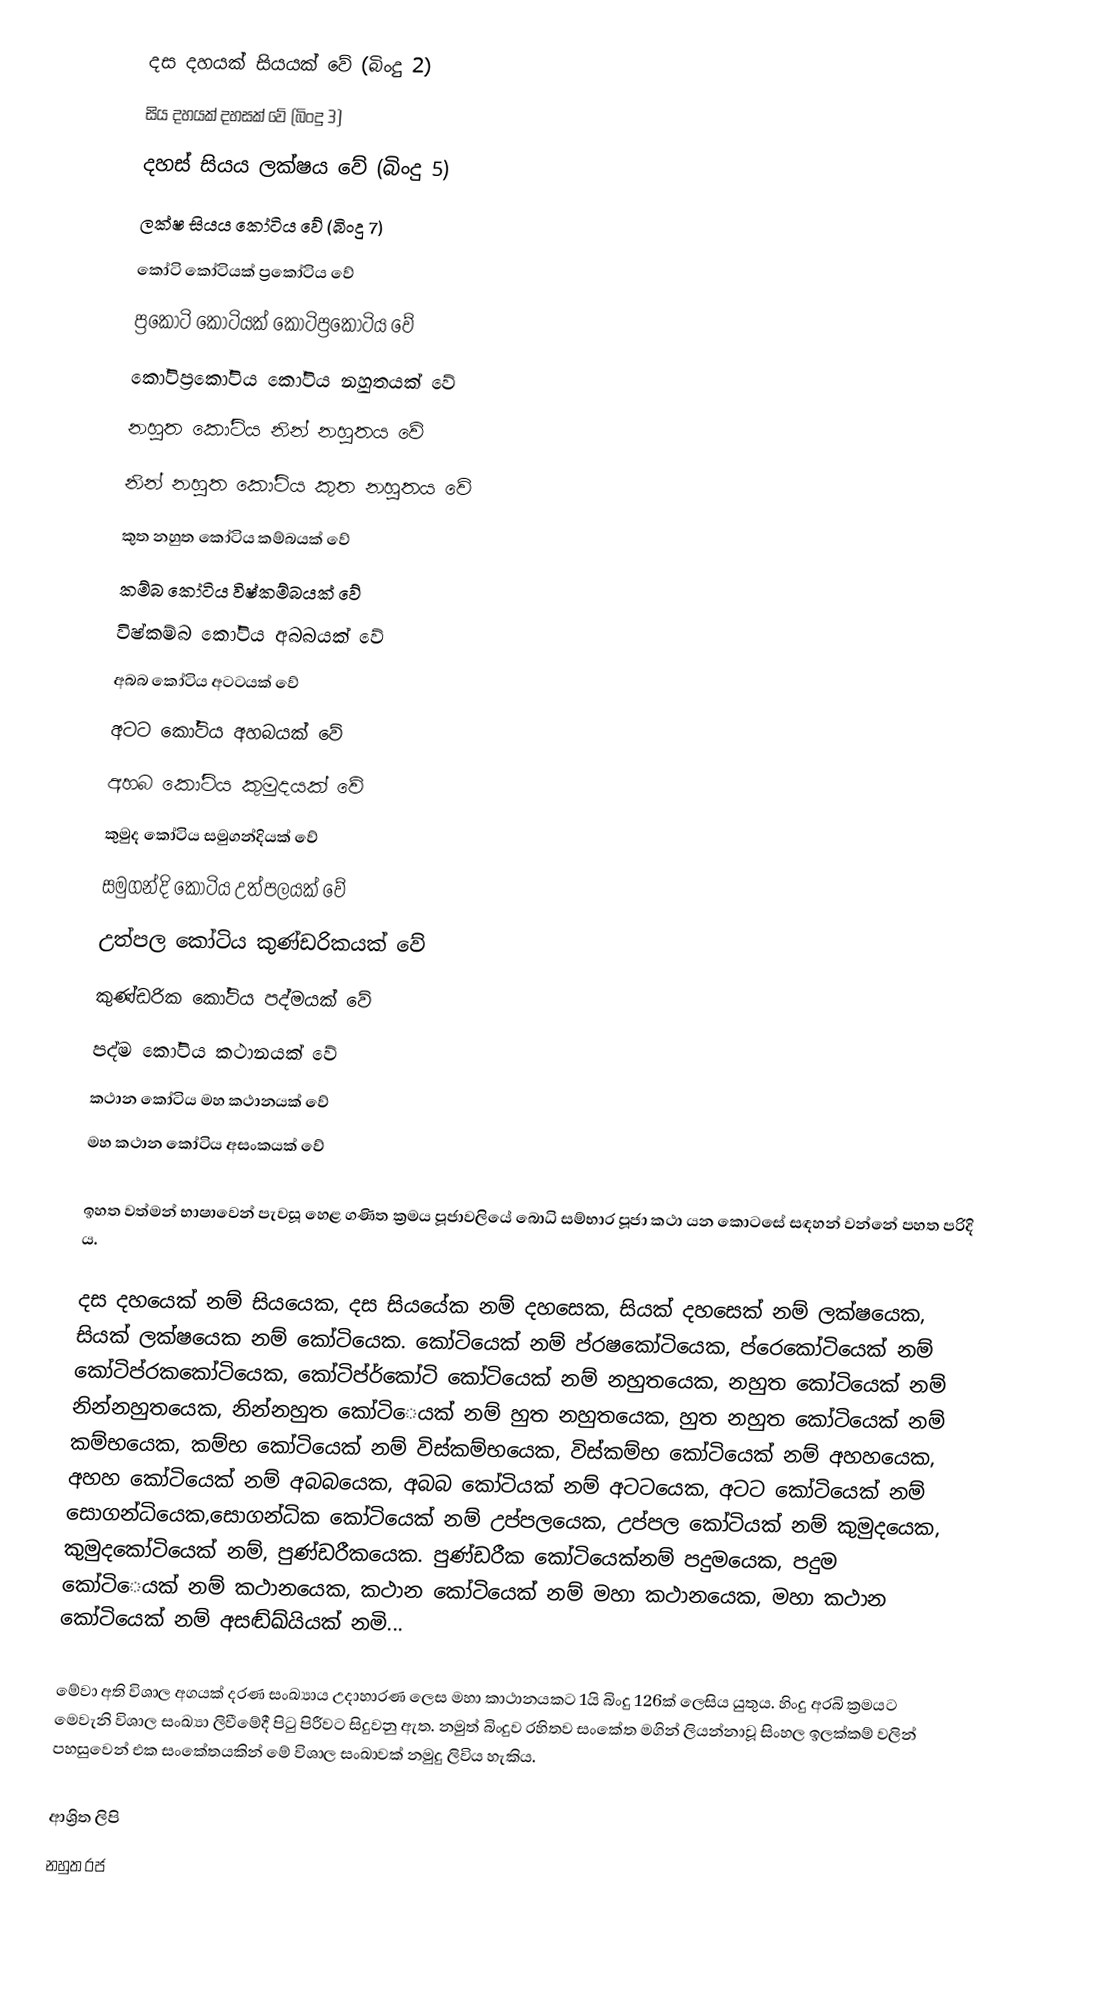
දස දහයක් සියයක් වේ (බිංදු 2)
සිය දහයක් දහසක් වේ (බිංදු 3)
දහස් සියය ලක්ෂය වේ (බිංදු 5)
ලක්ෂ සියය කෝටිය වේ (බිංදු 7)
කෝටි කෝටියක් ප්‍රකෝටිය වේ
ප්‍රකෝටි කෝටියක් කෝටිප්‍රකෝටිය වේ
කෝටිප්‍රකෝටිය කෝටිය නහුතයක් වේ
නහුත කෝටිය නින් නහුතය වේ
නින් නහුත කෝටිය කුත නහුතය වේ
කුත නහුත කෝටිය කම්බයක් වේ
කම්බ කෝටිය විෂ්කම්බයක් වේ
විෂ්කම්බ කෝටිය අබබයක් වේ
අබබ කෝටිය අටටයක් වේ
අටට කෝටිය අහබයක් වේ
අහබ කෝටිය කුමුදයක් වේ
කුමුද කෝටිය සමුගන්දියක් වේ
සමුගන්දි කෝටිය උත්පලයක් වේ
උත්පල කෝටිය කුණ්ඩරිකයක් වේ
කුණ්ඩරික කෝටිය පද්මයක් වේ
පද්ම කෝටිය කථානයක් වේ
කථාන කෝටිය මහ කථානයක් වේ
මහ කථාන කෝටිය අසංකයක් වේ

ඉහත වත්මන් භාෂාවෙන් පැවසූ හෙළ ගණිත ක්‍රමය පූජාවලියේ බොධි සම්භාර පූජා කථා යන කොටසේ සඳහන් වන්නේ පහත පරිදි ය.

දස දහයෙක් නම් සියයෙක, දස සියයේක නම් දහසෙක, සියක් දහසෙක් නම් ලක්ෂයෙක, සියක් ලක්ෂයෙක නම් කෝටියෙක. කෝටියෙක් නම් ප්රෂකෝටියෙක, ප්රෙකෝටියෙක් නම් කෝටිප්රකකෝටියෙක, කෝටිප්ර්කෝටි කෝටියෙක් නම් නහුතයෙක, නහුත කෝටියෙක් නම් නින්නහුතයෙක, නින්නහුත කෝටි‍ෙයක් නම් හුත නහුතයෙක, හුත නහුත කෝටියෙක් නම් කම්භයෙක, කම්භ කෝටියෙක් නම් විස්කම්භයෙක, විස්කම්භ කෝටියෙක් නම් අහහයෙක, අහහ කෝටියෙක් නම් අබබයෙක, අබබ කෝටියක් නම් අටටයෙක, අටට කෝ‍ටියෙක් නම් සොගන්ධියෙක,සොගන්ධික කෝටියෙක් නම් උප්පලයෙක, උප්පල කෝටියක් නම් කුමුදයෙක, කුමුදකෝටියෙක් නම්, පුණ්ඩරීකයෙක. පුණ්ඩරීක කෝටියෙක්නම් පදුමයෙක, පදුම කෝටි‍ෙයක් නම් කථානයෙක, කථාන කෝටියෙක් නම් මහා කථානයෙක, මහා කථාන කෝටියෙක් නම් අසඬ්ඛ්යියක් නමි...

මේවා අති විශාල අගයක් දරණ සංඛ්‍යාය උදාහාරණ ලෙස මහා කාථානයකට  1යි බිංදු 126ක් ලෙසිය යුතුය. හිංදු අරබි ක්‍රමයට මෙවැනි විශාල සංඛ්‍යා ලිවීමේදී පිටු පිරීවට සිදුවනු ඇත. නමුත් බිංදුව රහිතව සංකේත මගින් ලියන්නාවූ සිංහල ඉලක්කම් වලින් පහසුවෙන් එක සංකේතයකින් මේ විශාල සංඛාවක් නමුදු ලිවිය හැකිය.

ආශ්‍රිත ලිපි
 නහුත රජ